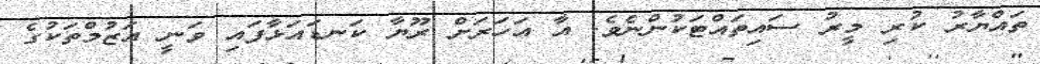
ތައްޔާރު ކުރި މީރު ސައިތައްޓަކުންނެވެ. އާ އަހަރަށް ރޫޔާ ކަނޑައަޅާފައި ވަނީ އަޒުމްތަކުގެ